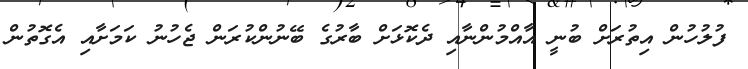
ފުލުހުން އިތުރަށް ބުނީ އާއްމުންނާއި ދެކޮޅަށް ބާރުގެ ބޭނުންކުރަން ޖެހުނު ކަމަށާއި އެގޮތުން